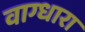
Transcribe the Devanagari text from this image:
वाग्धारा